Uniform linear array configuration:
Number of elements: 16
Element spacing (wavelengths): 0.25
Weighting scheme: blackman
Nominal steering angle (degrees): -15
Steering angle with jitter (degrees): -14.731
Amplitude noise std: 0.05
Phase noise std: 0.05

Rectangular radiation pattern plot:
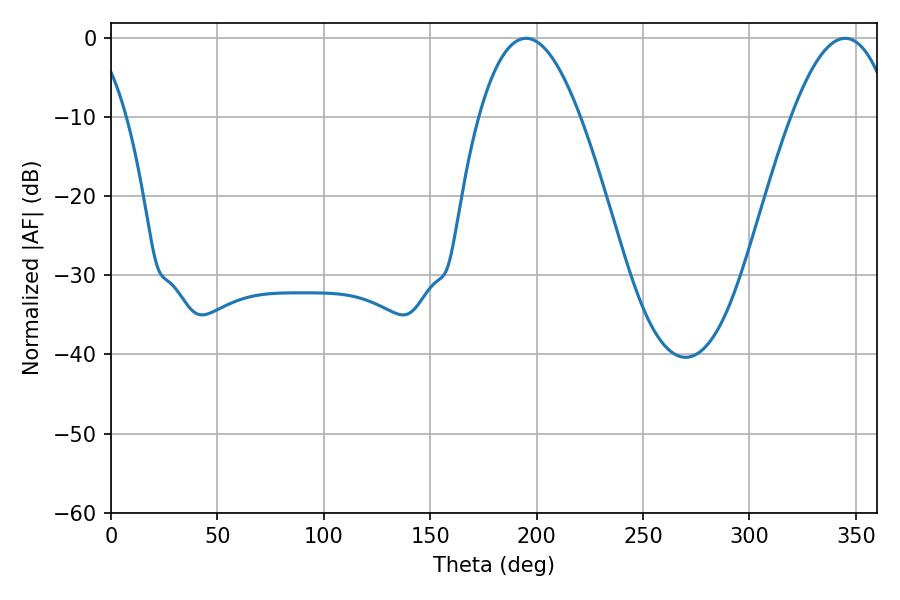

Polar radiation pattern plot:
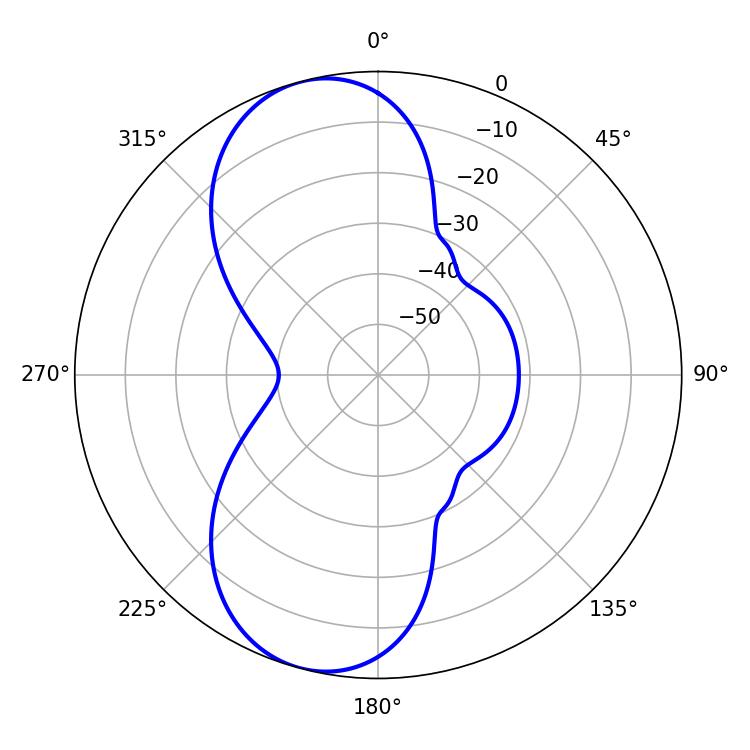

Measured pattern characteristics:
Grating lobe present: FALSE
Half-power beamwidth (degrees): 26.1
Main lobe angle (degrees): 194.94